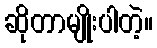
ဆိုတာမျိုးပါတဲ့။